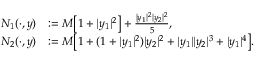
\begin{array} { r l } { N _ { 1 } ( \cdot , y ) } & { : = M \big [ 1 + | y _ { 1 } | ^ { 2 } \big ] + \frac { | y _ { 1 } | ^ { 2 } | y _ { 2 } | ^ { 2 } } { 5 } , } \\ { N _ { 2 } ( \cdot , y ) } & { : = M \big [ 1 + ( 1 + | y _ { 1 } | ^ { 2 } ) | y _ { 2 } | ^ { 2 } + | y _ { 1 } | | y _ { 2 } | ^ { 3 } + | y _ { 1 } | ^ { 4 } \big ] . } \end{array}